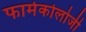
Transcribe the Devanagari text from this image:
फार्मेकोलोजी